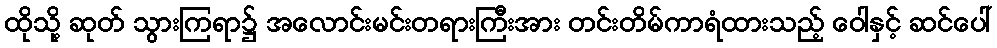
ထိုသို့ ဆုတ် သွားကြရာ၌ အလောင်းမင်းတရားကြီးအား တင်းတိမ်ကာရံထားသည့် ဝေါနှင့် ဆင်ပေါ်